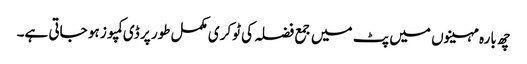
چھ بارہ مہینوں میں پٹ میں جمع فضلہ کی ٹوکری مکمل طور پر ڈی کمپوز ہو جاتی ہے۔